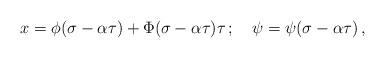
LaTeX: \begin{align*}x = \phi (\sigma - \alpha \tau) + \Phi (\sigma - \alpha \tau) \tau \,;\quad\psi = \psi (\sigma - \alpha \tau) \,,\end{align*}